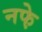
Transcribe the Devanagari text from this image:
नफे़